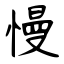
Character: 慢